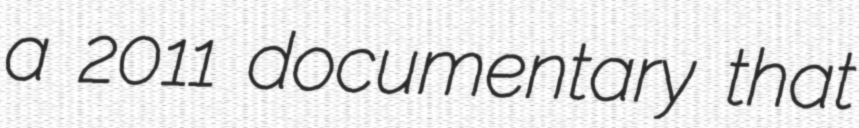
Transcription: a 2011 documentary that